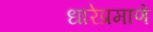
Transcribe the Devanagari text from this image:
धारेप्रमाणे